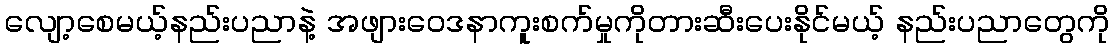
လျော့စေမယ့်နည်းပညာနဲ့ အဖျားဝေဒနာကူးစက်မှုကိုတားဆီးပေးနိုင်မယ့် နည်းပညာတွေကို